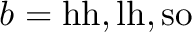
b = \ensuremath { \mathrm { h h } } , \ensuremath { \mathrm { l h } } , \ensuremath { \mathrm { s o } }